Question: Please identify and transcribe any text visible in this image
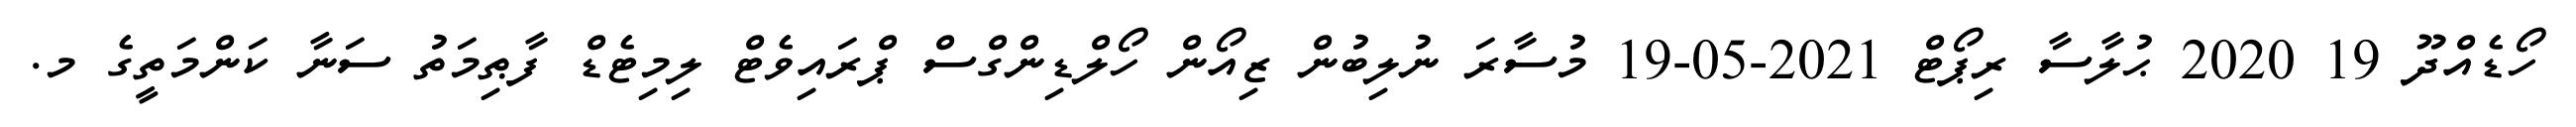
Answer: ހޯޑެއްދޫ 19 2020 ޙުލާސާ ރިޕޯޓް 2021-05-19 މުސާރަ ނުލިބުން ޒިއޯން ހޯލްޑިންގްސް ޕްރައިވެޓް ލިމިޓެޑް ފާޠިމަތު ސަނާ ކަންމަތީގެ މ.